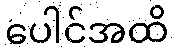
ပေါင်အထိ